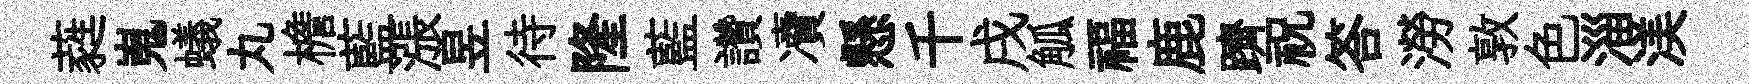
蕤嵬蟻丸檐藍漲昱待隆藍讚凟懸千戌觚福鹿躋祝答澇敦色淄渼